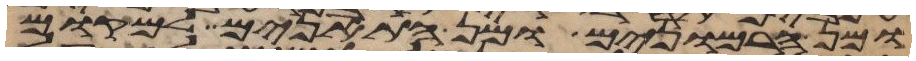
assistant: ומן הרמונים ומן התאנים למקום